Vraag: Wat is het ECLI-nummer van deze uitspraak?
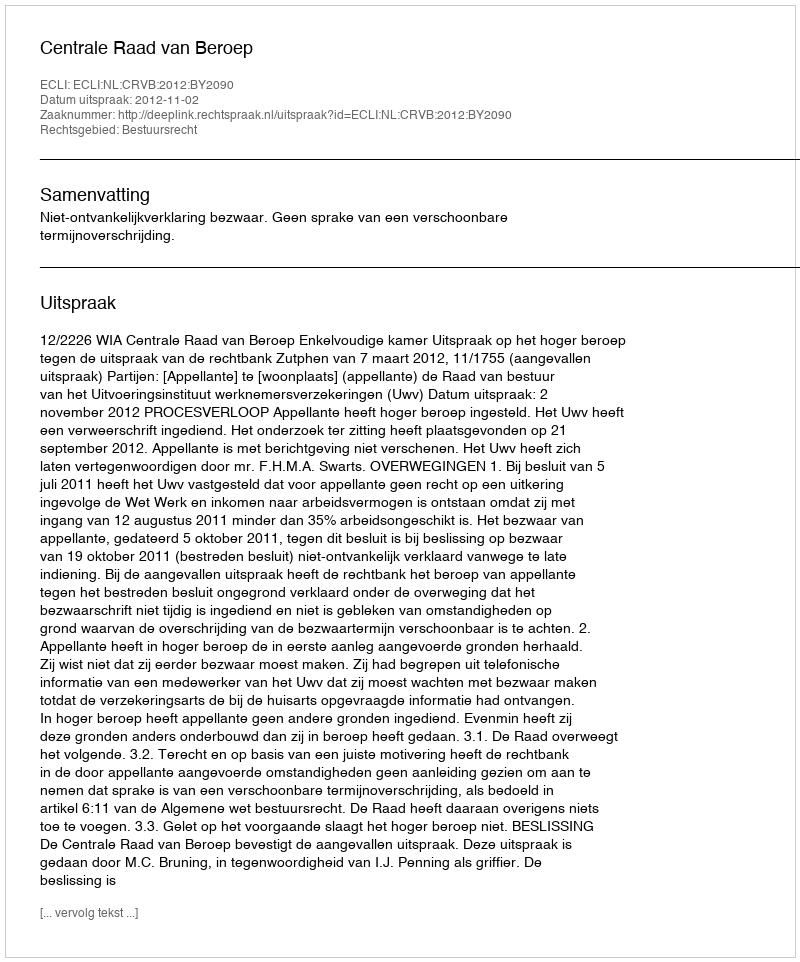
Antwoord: ECLI:NL:CRVB:2012:BY2090